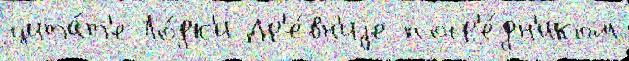
цита́т'е Ло́дк'и Др'е́вн'иjе поср'е́дн'иком